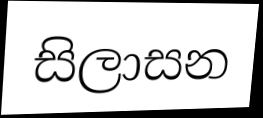
සිලාසන